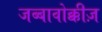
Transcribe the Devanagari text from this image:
जब्बावोक्कीज़